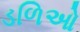
ડળિઓ